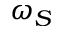
\omega _ { S }